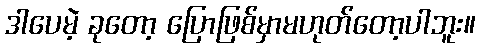
ဒါပေမဲ့ ခုတော့ ပြောဖြစ်မှာမဟုတ်တော့ပါဘူး။